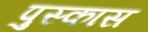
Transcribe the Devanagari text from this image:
पुस्कास